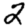
Digit: 2